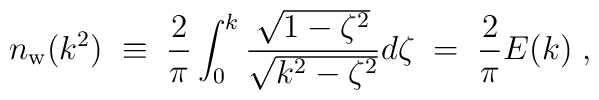
n_{\rm w}(k^2)\;\equiv\; {2\over \pi}\int_0^k{\sqrt{1-\zeta^2}\over \sqrt{k^2-\zeta^2}}d\zeta\;=\; {2\over \pi} E(k)\;,